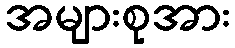
အများစုအား